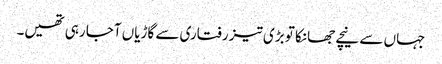
جہاں سے نیچے جھانکا تو بڑی تیز رفتاری سے گاڑیاں آجا رہی تھیں۔